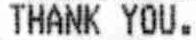
THANK YOU.